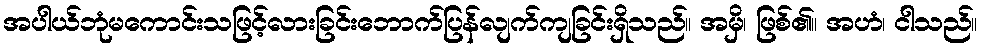
အပါယ်ဘုံမကောင်းသဖြင့်လားခြင်းဘောက်ပြန်လျက်ကျခြင်းရှိသည်။ အမှိ၊ ဖြစ်၏။ အဟံ၊ ငါသည်။